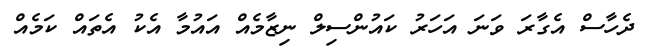
ދެހާސް އެގާރަ ވަނަ އަހަރު ކައުންސިލް ނިޒާމެއް އައުމާ އެކު އެތައް ކަމެއް